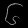
Digit: ၆